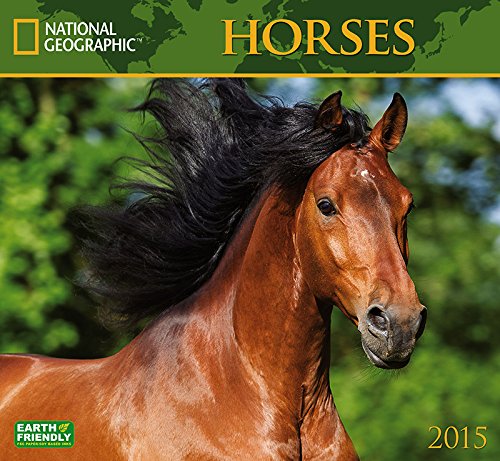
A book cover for Horses 2015; Zebra Publishing Corp.; Calendars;